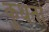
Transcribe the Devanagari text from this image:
कुथता